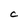
Character: C